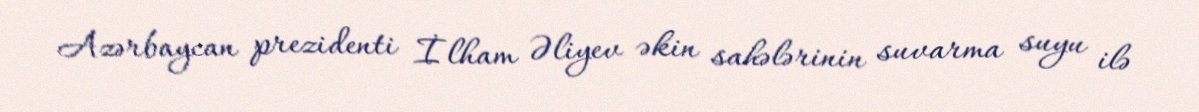
Azərbaycan prezidenti İlham Əliyev əkin sahələrinin suvarma suyu ilə